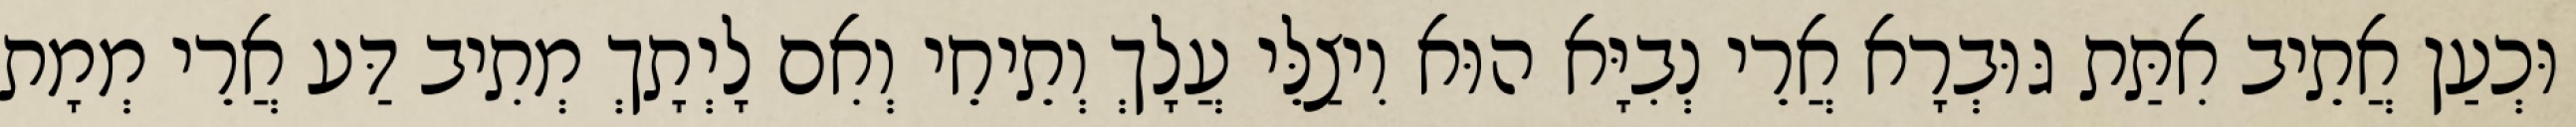
וּכְעַן אֲתֵיב אִתַּת גּוּבְרָא אֲרֵי נְבִיָּא הוּא וִיצַלֵּי עֲלָךְ וְתֵיחֵי וְאִם לָיְתָךְ מְתִיב דַּע אֲרֵי מְמָת